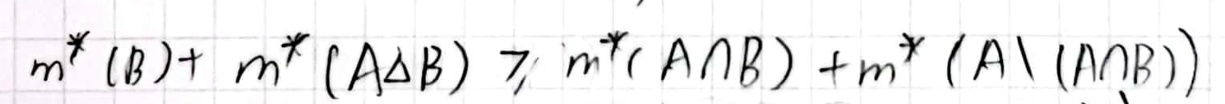
\[ m^*(B) + m^*(A \Delta B) \geq m^*(A \cap B) + m^*(A \setminus (A \cap B)) \]